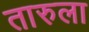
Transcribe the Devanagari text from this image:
तारुला